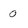
Character: 0